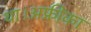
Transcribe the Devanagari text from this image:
था।अफ्रीका